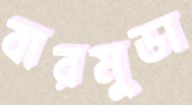
বারমুডা